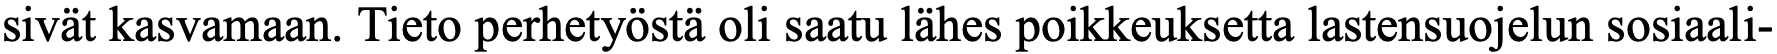
sivät kasvamaan. Tieto perhetyöstä oli saatu lähes poikkeuksetta lastensuojelun sosiaali-